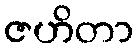
ဇဟိတာ